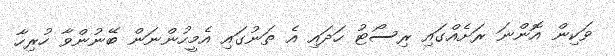
ވަކިން އޮންނަ ރަށެއްގައި ރިސޯޓު ހަދައި އެ ތަނުގައި އެމީހުންނަން ބޭނުންވާ ހުރިހާ